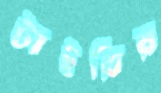
টাইরির